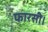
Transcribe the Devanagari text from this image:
फारसी।